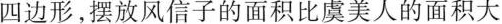
四边形，摆放风信子的面积比虞美人的面积大